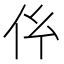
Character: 𠆺